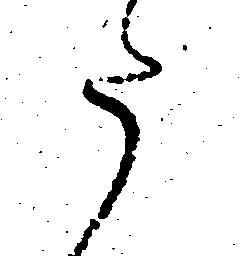
た